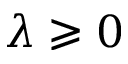
\lambda \geqslant 0